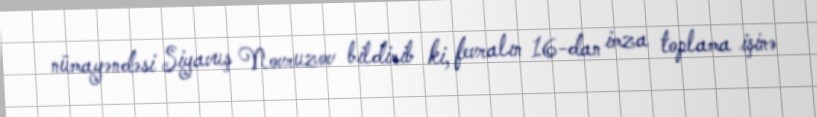
nümayəndəsi Siyavuş Novruzov bildirib ki, fevralın 16-dan imza toplama işinə